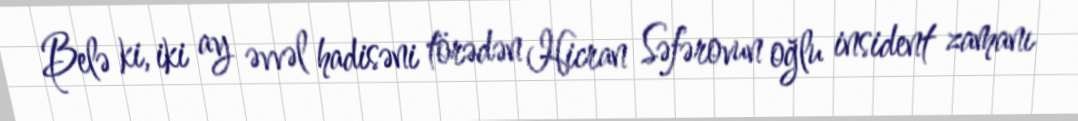
Belə ki, iki ay əvvəl hadisəni törədən Hicran Səfərovun oğlu insident zamanı